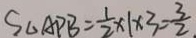
S _ { \Delta A P B } = \frac { 1 } { 2 } \times 1 \times 3 = \frac { 3 } { 2 }